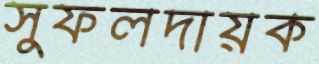
সুফলদায়ক